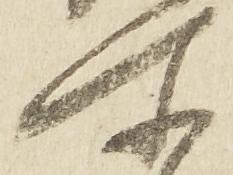
所